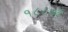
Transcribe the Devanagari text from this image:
१८८७ई